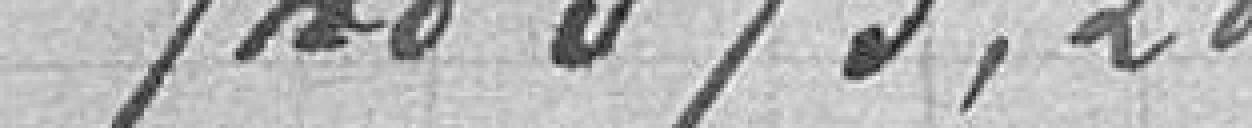
748 873, 28